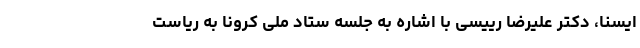
ایسنا، دکتر علیرضا رییسی با اشاره به جلسه ستاد ملی کرونا به ریاست